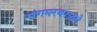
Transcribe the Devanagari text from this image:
संगमरवरातले